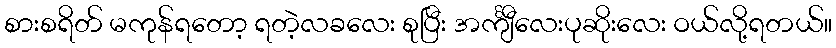
စားစရိတ် မကုန်ရတော့ ရတဲ့လခလေး စုပြီး အင်္ကျီလေးပုဆိုးလေး ဝယ်လို့ရတယ်။